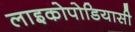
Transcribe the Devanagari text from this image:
लाइकोपोडियासी